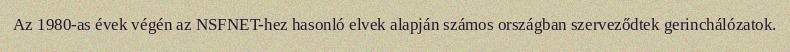
Az 1980-as évek végén az NSFNET-hez hasonló elvek alapján számos országban szerveződtek gerinchálózatok.